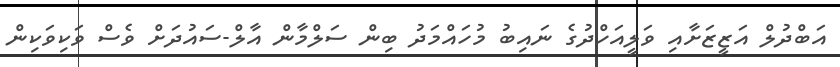
އަބްދުލް އަޒީޒަށާއި ވަލީއަހްދުގެ ނައިބު މުހައްމަދު ބިން ސަލްމާން އާލް-ސައުދަށް ވެސް ވަކިވަކިން